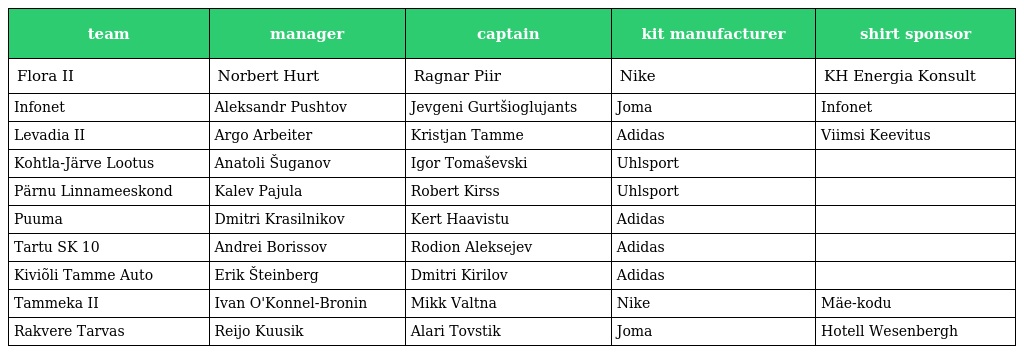
| team | manager | captain | kit manufacturer | shirt sponsor |
 | --- | --- | --- | --- | --- |
 | Flora II | Norbert Hurt | Ragnar Piir | Nike | KH Energia Konsult |
 | Infonet | Aleksandr Pushtov | Jevgeni Gurtšioglujants | Joma | Infonet |
 | Levadia II | Argo Arbeiter | Kristjan Tamme | Adidas | Viimsi Keevitus |
 | Kohtla-Järve Lootus | Anatoli Šuganov | Igor Tomaševski | Uhlsport |  |
 | Pärnu Linnameeskond | Kalev Pajula | Robert Kirss | Uhlsport |  |
 | Puuma | Dmitri Krasilnikov | Kert Haavistu | Adidas |  |
 | Tartu SK 10 | Andrei Borissov | Rodion Aleksejev | Adidas |  |
 | Kiviõli Tamme Auto | Erik Šteinberg | Dmitri Kirilov | Adidas |  |
 | Tammeka II | Ivan O'Konnel-Bronin | Mikk Valtna | Nike | Mäe-kodu |
 | Rakvere Tarvas | Reijo Kuusik | Alari Tovstik | Joma | Hotell Wesenbergh |